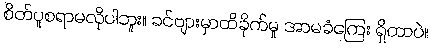
စိတ်ပူစရာမလိုပါဘူး။ ခင်ဗျားမှာထိခိုက်မှု အာမခံကြေး ရှိတာပဲ။